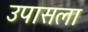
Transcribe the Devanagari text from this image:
उपासला